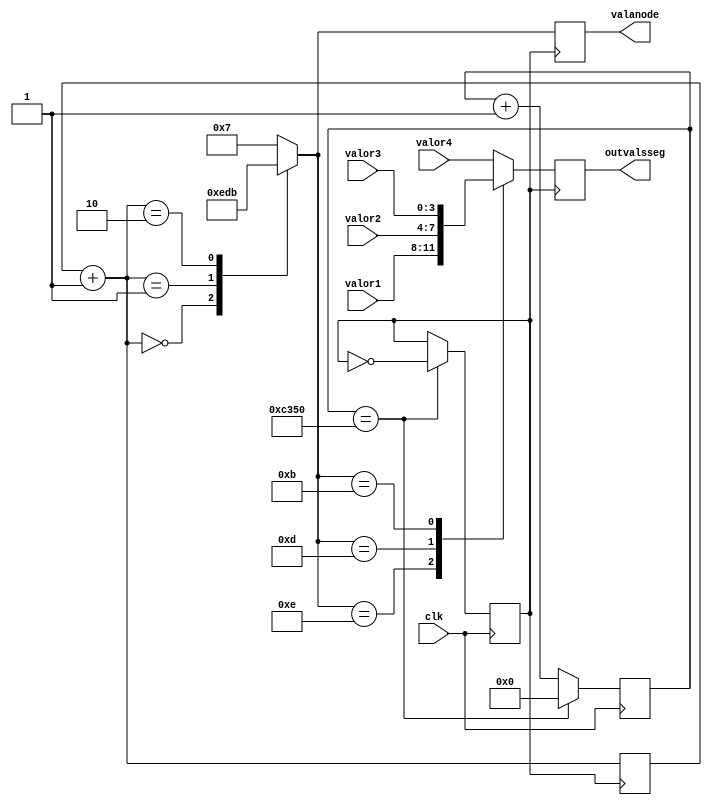
module selector_anodes
	(
	 input clk,
	 input [3:0] valor1, valor2, valor3, valor4,	
	 output reg [3:0] valanode,
	 output reg [3:0] outvalsseg
	);
	
	reg [25:0] counter;
	reg [1:0] sel;
	reg clk1;
	initial begin counter=0; sel=0; clk1=0; end

	always @(posedge clk)
	if (counter==50000) begin
		counter=0; clk1=~clk1;
			end
	else begin
		counter=counter+1;
			end

	always @(posedge clk1)
	begin
	sel=sel+1;
	if (sel==4) begin
		sel=0;
	end		
		case(sel)
			3'd0: valanode = 4'b1110; 
			3'd1: valanode = 4'b1101;
			3'd2: valanode = 4'b1011;
			default: valanode = 4'b0111;
		endcase

		case(valanode)
			4'b1110: outvalsseg = valor1;
			4'b1101: outvalsseg = valor2;
			4'b1011: outvalsseg = valor3;
			default: outvalsseg = valor4;
		endcase
	end

endmodule